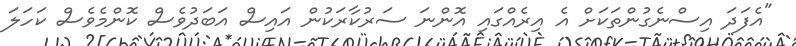
"އެފަދަ އިސްނެގުންތަކަށް އެ އިރެއްގައި އޮންނަ ސަރުކާރަކުން އައިސް އަބަދުވެސް ކޮންމެވެސް ކަހަލަ